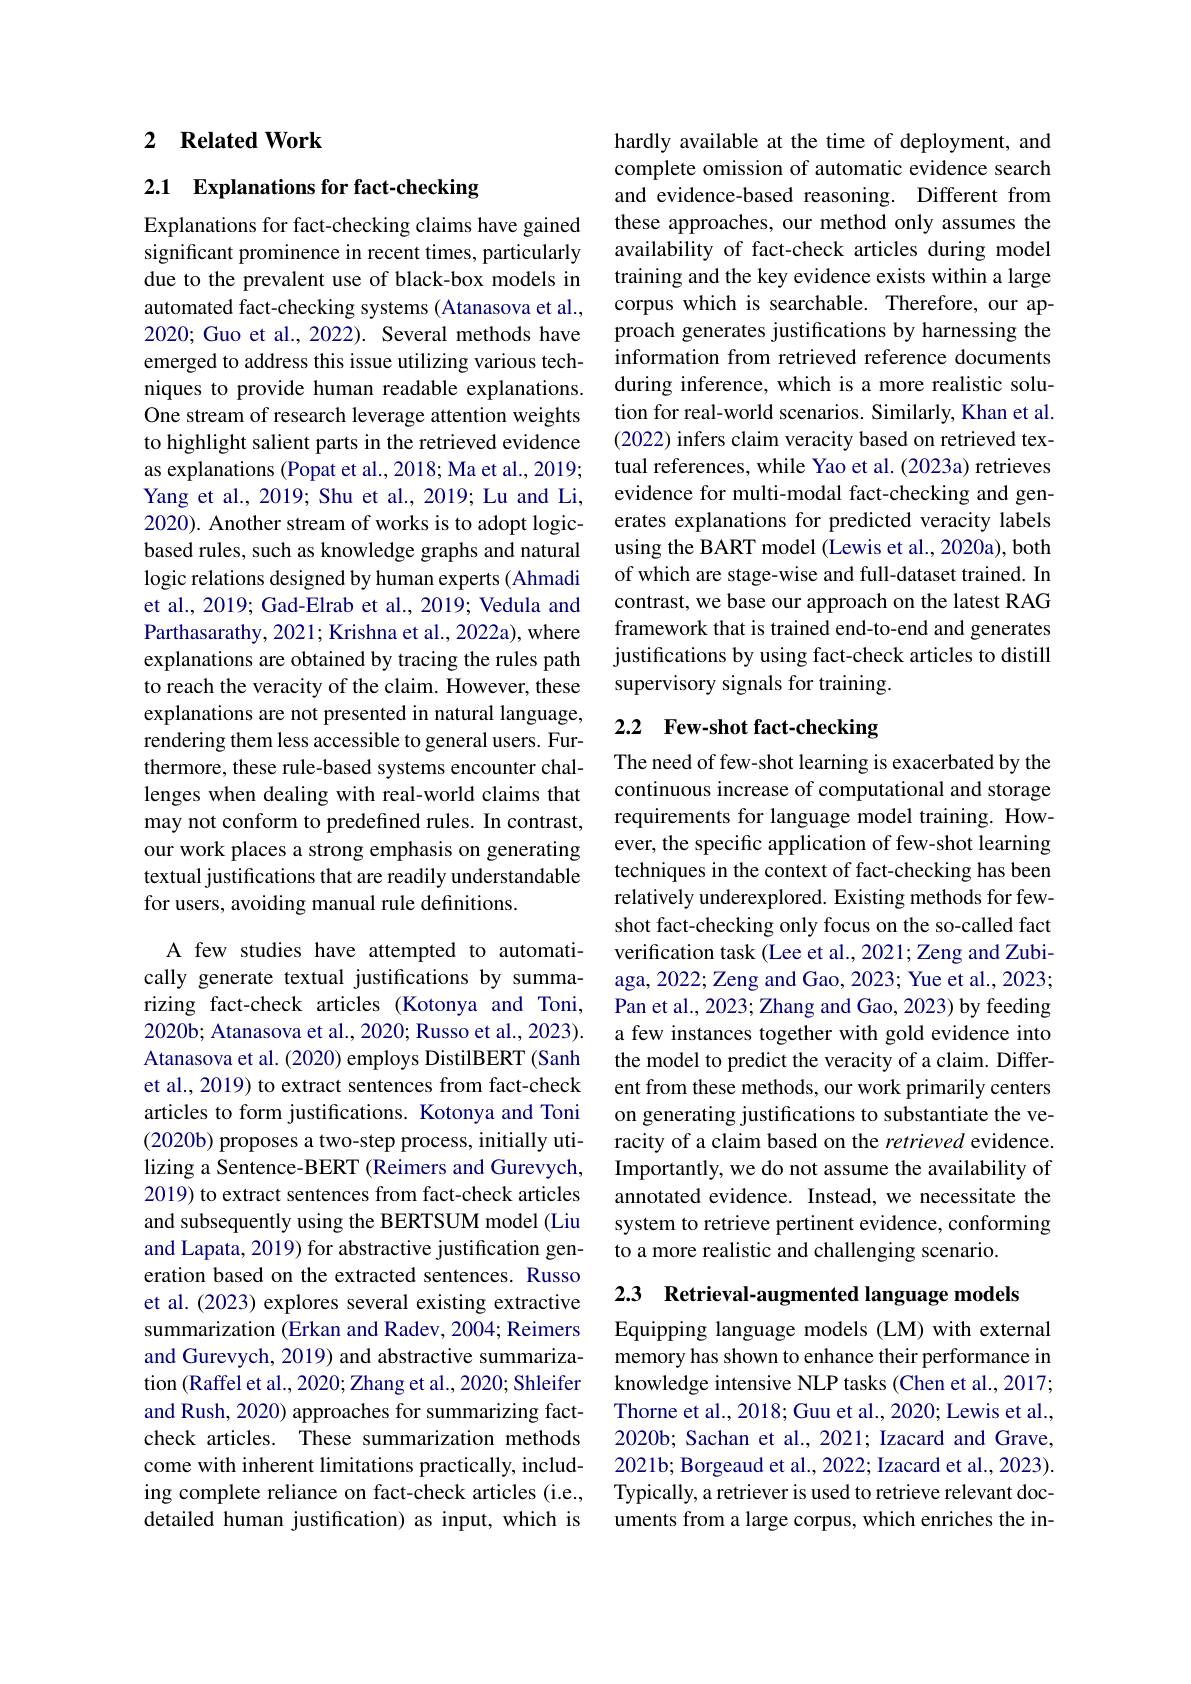
## 2 $\textbf{Related Work}$

## 2.1 Explanations for fact-checking

Explanations for fact-checking claims have gained significant prominence in recent times, particularly due to the prevalent use of black-box models in automated fact-checking systems (Atanasova et al., 2020; Guo et al., 2022). Several methods have emerged to address this issue utilizing various techniques to provide human readable explanations. One stream of research leverage attention weights to highlight salient parts in the retrieved evidence as explanations (Popat et al., 2018; Ma et al., 2019; Yang et al., 2019; Shu et al., 2019; Lu and Li, 2020). Another stream of works is to adopt logicbased rules, such as knowledge graphs and natural logic relations designed by human experts ( Ahmadi et al., 2019; Gad-Elrab et al., 2019; Vedula and Parthasarathy, 2021; Krishna et al., 2022a), where explanations are obtained by tracing the rules path to reach the veracity of the claim. However, these explanations are not presented in natural language, rendering them less accessible to general users. Furthermore, these rule-based systems encounter challenges when dealing with real-world claims that may not conform to predefined rules. In contrast, our work places a strong emphasis on generating textual justifications that are readily understandable for users, avoiding manual rule definitions.

A few studies have attempted to automatically generate textual justifications by summarizing fact-check articles (Kotonya and Toni, 2020b; Atanasova et al., 2020; Russo et al., 2023). Atanasova et al. (2020) employs DistilBERT (Sanh et al., 2019) to extract sentences from fact-check articles to form justifications. Kotonya and Toni (2020b) proposes a two-step process, initially utilizing a Sentence-BERT (Reimers and Gurevych, 2019) to extract sentences from fact-check articles and subsequently using the BERTSUM model (Liu and Lapata, 2019) for abstractive justification generation based on the extracted sentences. Russo et al. (2023) explores several existing extractive summarization (Erkan and Radev, 2004; Reimers and Gurevych, 2019) and abstractive summarization (Raffel et al., 2020; Zhang et al., 2020; Shleifer and Rush, 2020) approaches for summarizing factcheck articles. These summarization methods come with inherent limitations practically, including complete reliance on fact-check articles (i.e., detailed human justification) as input, which is

hardly available at the time of deployment, and complete omission of automatic evidence search and evidence-based reasoning. Different from these approaches, our method only assumes the availability of fact-check articles during model training and the key evidence exists within a large corpus which is searchable. Therefore, our approach generates justifications by harnessing the information from retrieved reference documents during inference, which is a more realistic solution for real-world scenarios. Similarly, Khan et al. (2022) infers claim veracity based on retrieved textual references, while Yao et al. (2023a) retrieves evidence for multi-modal fact-checking and generates explanations for predicted veracity labels using the BART model (Lewis et al., 2020a), both of which are stage-wise and full-dataset trained. In contrast, we base our approach on the latest RAG framework that is trained end-to-end and generates justifications by using fact-check articles to distill supervisory signals for training.

# 2.2 Few-shot fact-checking

The need of few-shot learning is exacerbated by the continuous increase of computational and storage requirements for language model training. However, the specific application of few-shot learning techniques in the context of fact-checking has been relatively underexplored. Existing methods for fewshot fact-checking only focus on the so-called fact verification task (Lee et al., 2021; Zeng and Zubiaga, 2022; Zeng and Gao, 2023; Yue et al., 2023; Pan et al., 2023; Zhang and Gao, 2023) by feeding a few instances together with gold evidence into the model to predict the veracity of a claim. Different from these methods, our work primarily centers on generating justifications to substantiate the veracity of a claim based on the retrieved evidence. Importantly, we do not assume the availability of annotated evidence. Instead, we necessitate the system to retrieve pertinent evidence, conforming to a more realistic and challenging scenario.

2.3 Retrieval-augmented language models

Equipping language models (LM) with external memory has shown to enhance their performance in knowledge intensive NLP tasks (Chen et al., 2017; Thorne et al., 2018; Guu et al., 2020; Lewis et al., 2020b; Sachan et al., 2021; Izacard and Grave, 2021b; Borgeaud et al., 2022; Izacard et al., 2023). Typically, a retriever is used to retrieve relevant documents from a large corpus, which enriches the in-